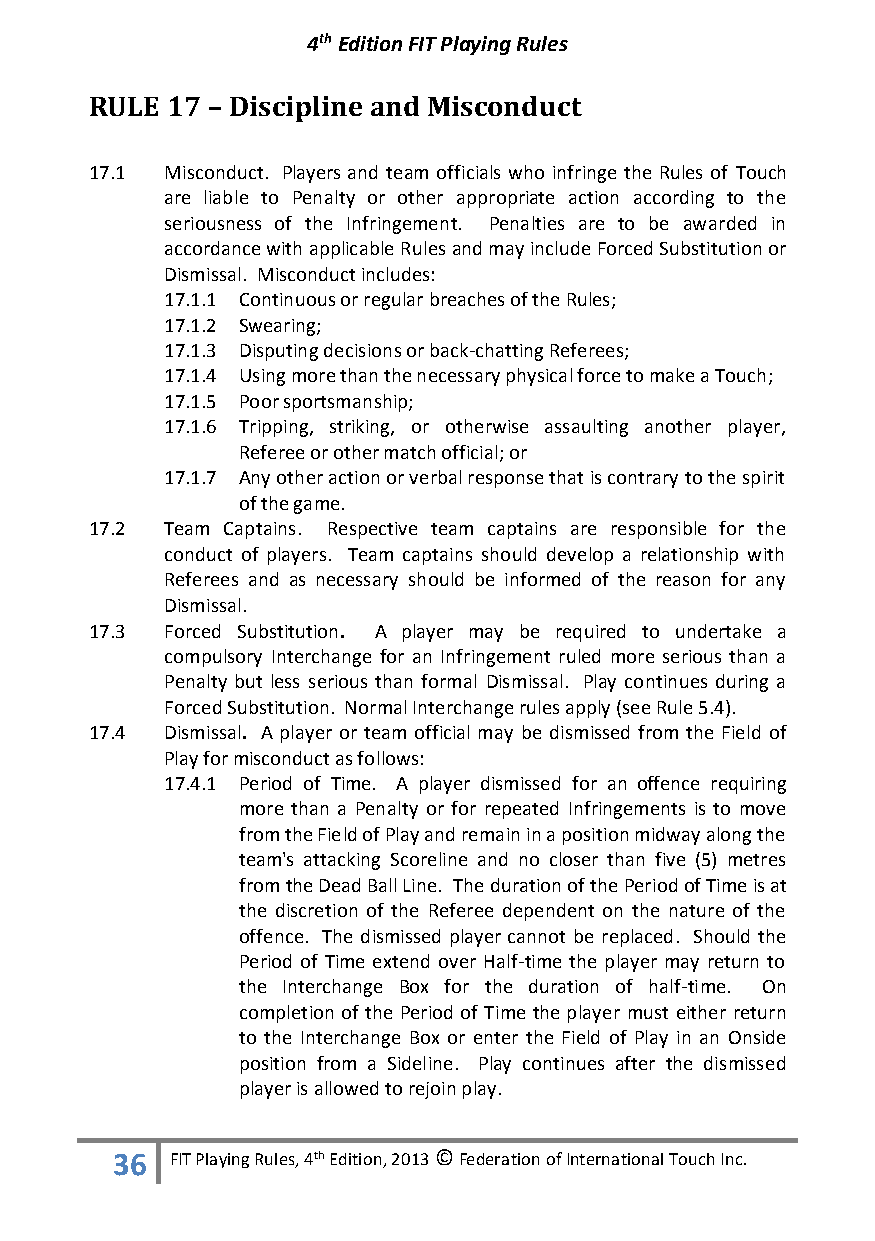
4th Edition FIT Playing Rules
 RULE 17 – Discipline and Misconduct
 17.1 Misconduct. Players and team officials who infringe the Rules of Touch
 are liable to Penalty or other appropriate action according to the
 seriousness of the Infringement. Penalties are to be awarded in
 accordance with applicable Rules and may include Forced Substitution or
 Dismissal. Misconduct includes:
 17.1.1 Continuous or regular breaches of the Rules;
 17.1.2 Swearing;
 17.1.3 Disputing decisions or back-chatting Referees;
 17.1.4 Using more than the necessary physical force to make a Touch;
 17.1.5 Poor sportsmanship;
 17.1.6 Tripping, striking, or otherwise assaulting another player,
 Referee or other match official; or
 17.1.7 Any other action or verbal response that is contrary to the spirit
 of the game.
 17.2 Team Captains. Respective team captains are responsible for the
 conduct of players. Team captains should develop a relationship with
 Referees and as necessary should be informed of the reason for any
 Dismissal.
 17.3 Forced Substitution. A player may be required to undertake a
 compulsory Interchange for an Infringement ruled more serious than a
 Penalty but less serious than formal Dismissal. Play continues during a
 Forced Substitution. Normal Interchange rules apply (see Rule 5.4).
 17.4 Dismissal. A player or team official may be dismissed from the Field of
 Play for misconduct as follows:
 17.4.1 Period of Time. A player dismissed for an offence requiring
 more than a Penalty or for repeated Infringements is to move
 from the Field of Play and remain in a position midway along the
 team's attacking Scoreline and no closer than five (5) metres
 from the Dead Ball Line. The duration of the Period of Time is at
 the discretion of the Referee dependent on the nature of the
 offence. The dismissed player cannot be replaced. Should the
 Period of Time extend over Half-time the player may return to
 the Interchange Box for the duration of half-time. On
 completion of the Period of Time the player must either return
 to the Interchange Box or enter the Field of Play in an Onside
 position from a Sideline. Play continues after the dismissed
 player is allowed to rejoin play.
 36  FIT Playing Rules, 4th Edition, 2013 © Federation of International Touch Inc.